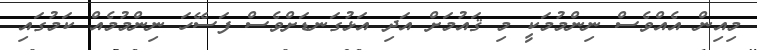
މިއިން އެއްވެސް ނިންމުމަކީ މި ޤައުމަށް އަދި އަޅުގަނޑަށްވެސް ފަސޭހަ ނިންމުމެއް ކަމުގައި